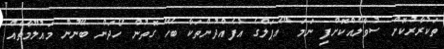
ތަކުރާރުކޮށް ސުވާލެއްކޮށްފި ނަމަ "އެޕަލްގެ އުފެއްދުންތަކާ ބެހޭ ގޮތުން ހޯދަން ބޭނުން މައުލޫމާތެއް